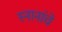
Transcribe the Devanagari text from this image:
स्नानांचे